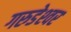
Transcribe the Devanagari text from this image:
गरुडेश्‍वर